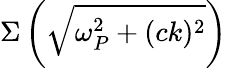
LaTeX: \Sigma\left(\sqrt{\omega_{P}^{2}+(ck)^{2}}\right)